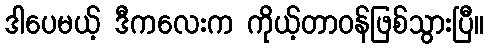
ဒါပေမယ့် ဒီကလေးက ကိုယ့်တာဝန်ဖြစ်သွားပြီ။